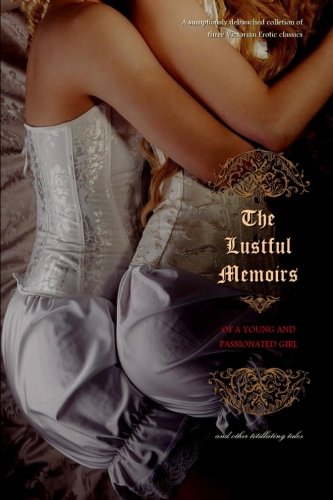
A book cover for The Lustful Memoirs of a Young and Passionated Girl: and other titillating tales; Anonymous; Romance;